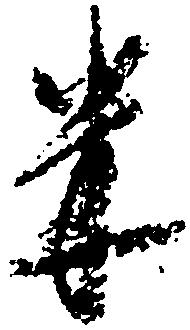
米